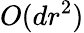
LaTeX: O(dr^{2})